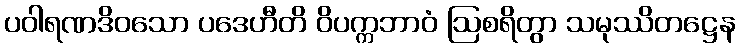
ပဝါရဏဒိဝသော ပဒေဟီတိ ဝိပက္ကဘာဝံ ဩစရိတွာ သမုဿိတဋ္ဌေန